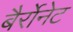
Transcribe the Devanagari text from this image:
बैर्रोनेट